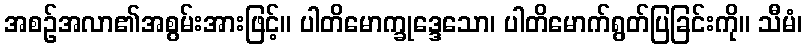
အစဉ်အလာ၏အစွမ်းအားဖြင့်။ ပါတိမောက္ခုဒ္ဒေသော၊ ပါတိမောက်ရွတ်ပြခြင်းကို။ သီမံ၊